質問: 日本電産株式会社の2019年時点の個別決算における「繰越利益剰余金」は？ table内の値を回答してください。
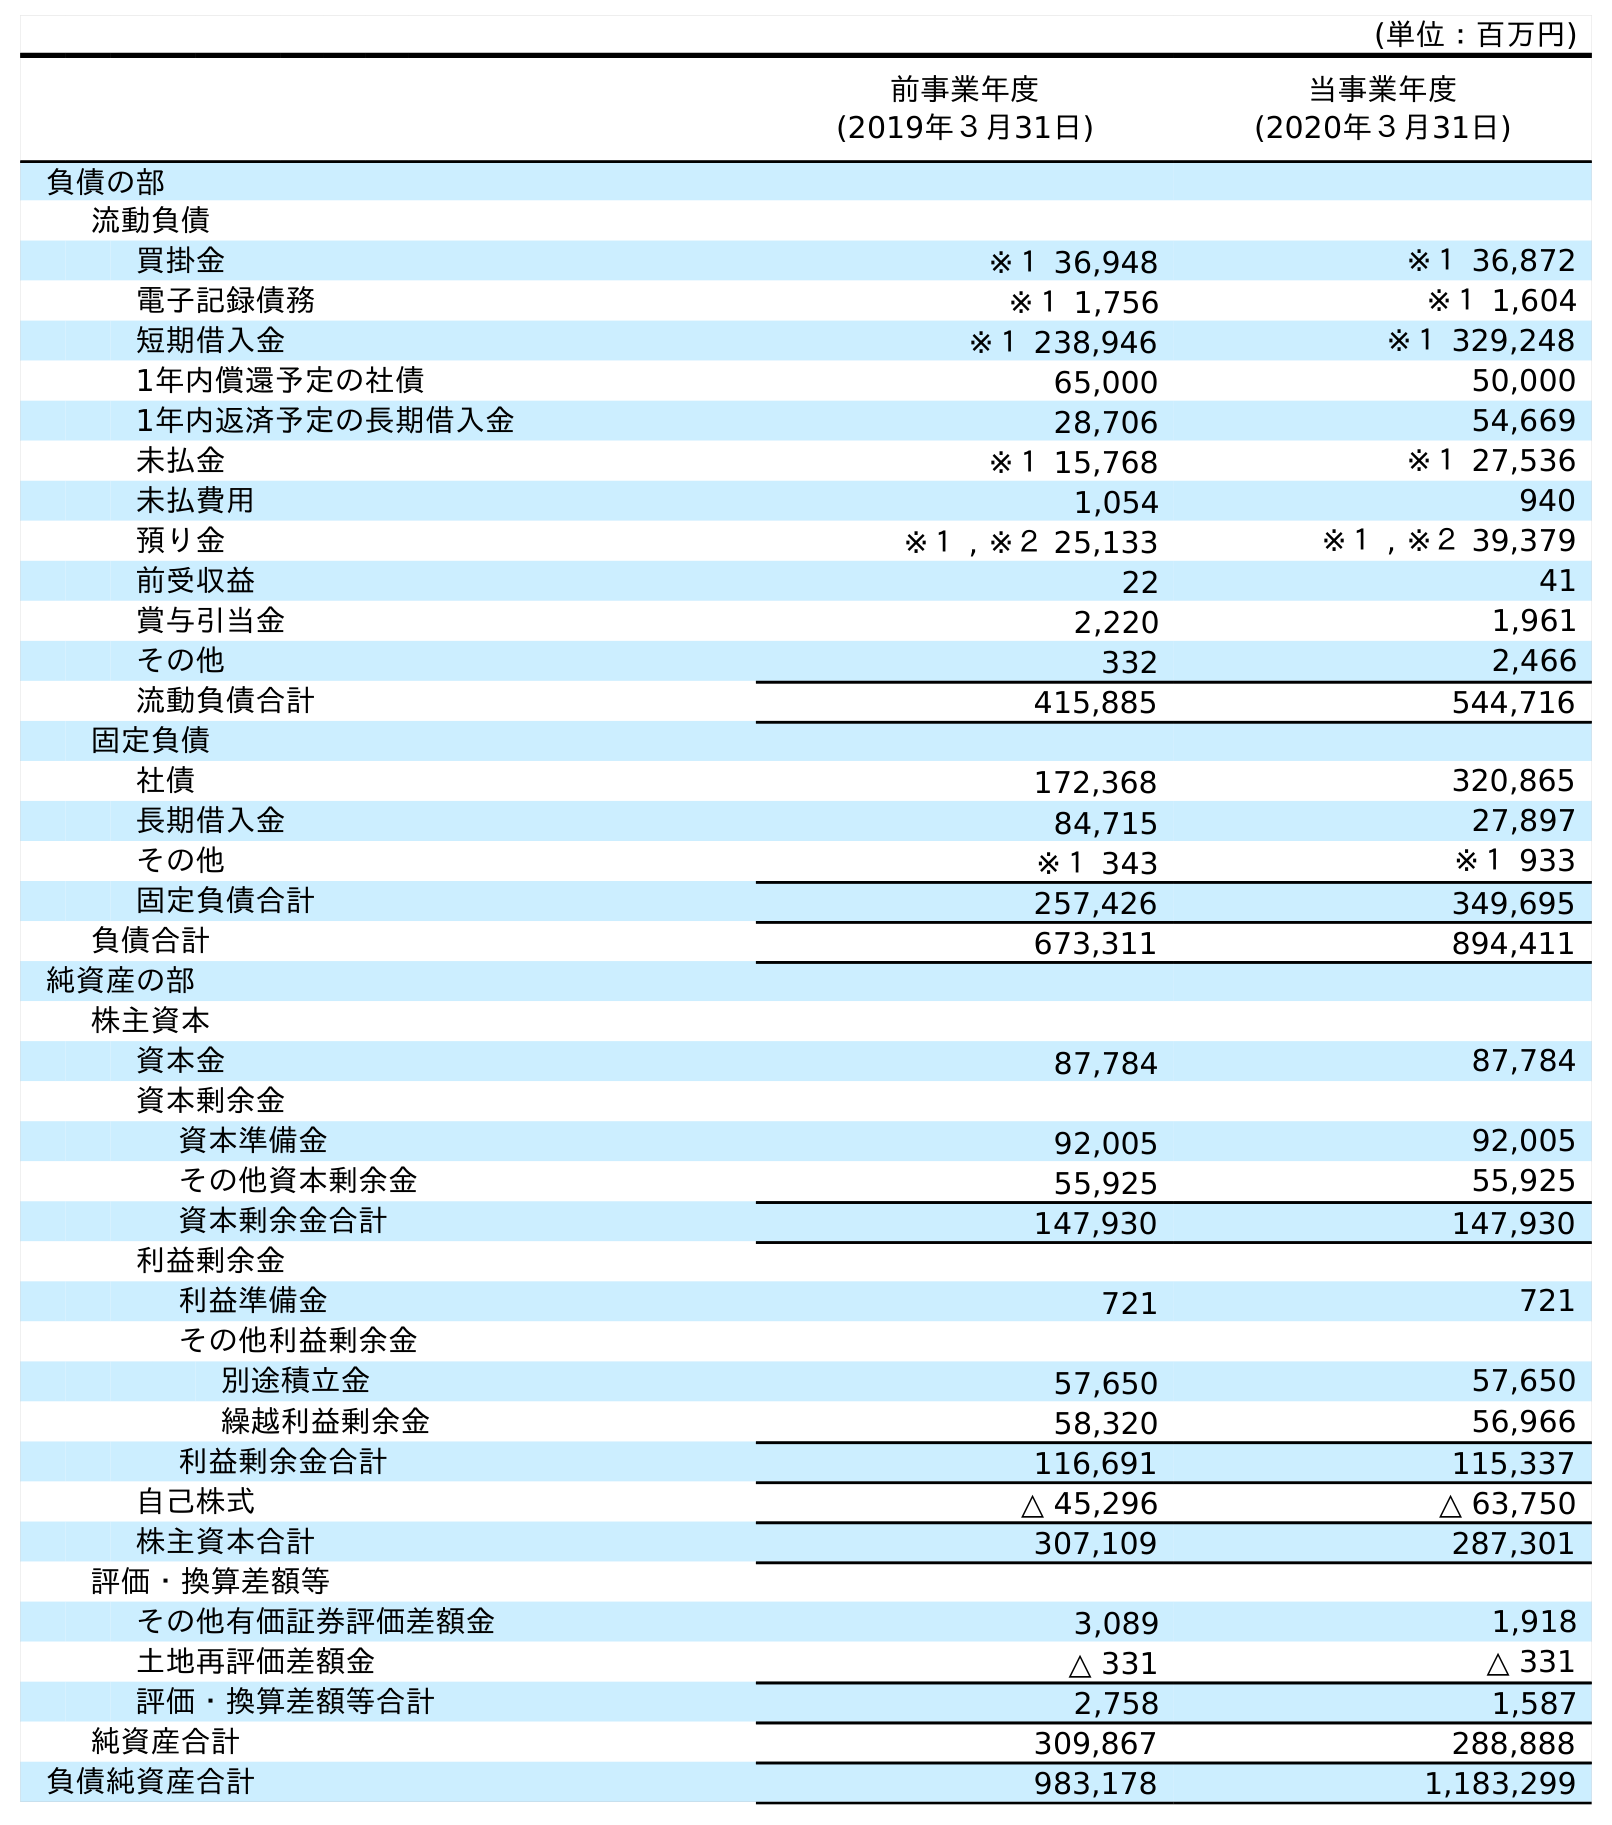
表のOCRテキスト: (単位：百万円) 前事業年度 (2019年３月31日) 当事業年度 (2020年３月31日) 負債の部 流動負債 買掛金 ※１ 36,948 ※１ 36,872 電子記録債務 ※１ 1,756 ※１ 1,604 短期借入金 ※１ 238,946 ※１ 329,248 1年内償還予定の社債 65,000 50,000 1年内返済予定の長期借入金 28,706 54,669 未払金 ※１ 15,768 ※１ 27,536 未払費用 1,054 940 預り金 ※１ , ※２ 25,133 ※１ , ※２ 39,379 前受収益 22 41 賞与引当金 2,220 1,961 その他 332 2,466 流動負債合計 415,885 544,716 固定負債 社債 172,368 320,865 長期借入金 84,715 27,897 その他 ※１ 343 ※１ 933 固定負債合計 257,426 349,695 負債合計 673,311 894,411 純資産の部 株主資本 資本金 87,784 87,784 資本剰余金 資本準備金 92,005 92,005 その他資本剰余金 55,925 55,925 資本剰余金合計 147,930 147,930 利益剰余金 利益準備金 721 721 その他利益剰余金 別途積立金 57,650 57,650 繰越利益剰余金 58,320 56,966 利益剰余金合計 116,691 115,337 自己株式 △ 45,296 △ 63,750 株主資本合計 307,109 287,301 評価・換算差額等 その他有価証券評価差額金 3,089 1,918 土地再評価差額金 △ 331 △ 331 評価・換算差額等合計 2,758 1,587 純資産合計 309,867 288,888 負債純資産合計 983,178 1,183,299
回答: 58,320